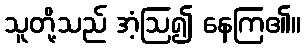
သူတို့သည် အံ့ဩ၍ နေကြ၏။